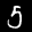
Label: 5